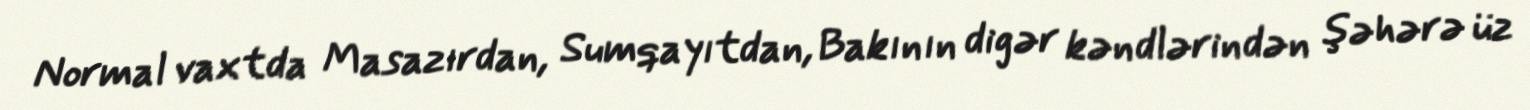
Normal vaxtda Masazırdan, Sumqayıtdan, Bakının digər kəndlərindən şəhərə üz